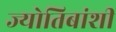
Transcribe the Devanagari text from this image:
ज्योतिबांशी